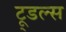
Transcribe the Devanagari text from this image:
टू्डल्स